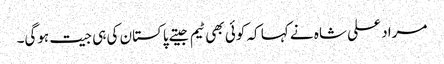
مراد علی شاہ نے کہا کہ کوئی بھی ٹیم جیتے پاکستان کی ہی جیت ہوگی۔